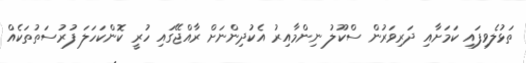
ތަޅުލެވިފައި ކަމަށާއި ދަރިވަރުން ސްކޫލު ނިންމާއިރު އެކުދިންނަށް ރާއްޖޭގައި ހުރީ ކޮންކަހަލަ ފުރުސަތުތަކެއް